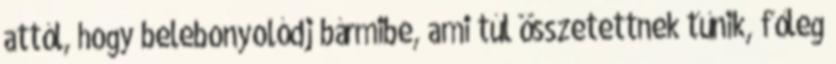
attól, hogy belebonyolódj bármibe, ami túl összetettnek tűnik, főleg